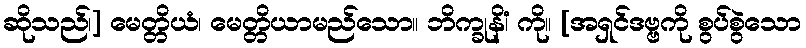
ဆိုသည်၊] မေတ္တိယံ၊ မေတ္တိယာမည်သော။ ဘိက္ခုနိံ၊ ကို။ [အရှင်ဒဗ္ဗကို စွပ်စွဲသော